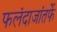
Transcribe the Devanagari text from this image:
फलंदाजांतर्फे